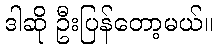
ဒါဆို ဦးပြန်တော့မယ်။